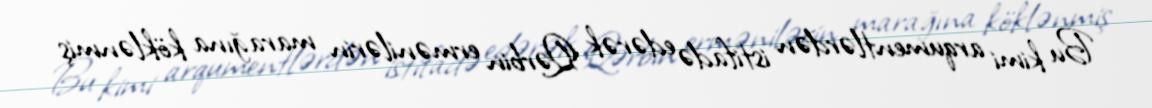
Bu kimi arqumentlərdən istifadə edərək Qərbin ermənilərin marağına köklənmiş